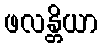
ဖလန္တိယာ